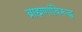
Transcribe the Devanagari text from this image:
ब्राह्मणांविरूद्ध